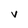
Character: v